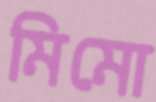
মিমো